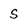
Character: S